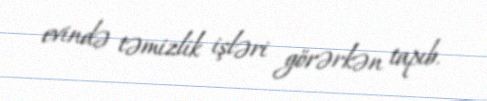
evində təmizlik işləri görərkən tapıb.